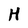
Character: H